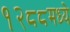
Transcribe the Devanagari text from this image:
१२८८मध्ये